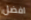
افضل